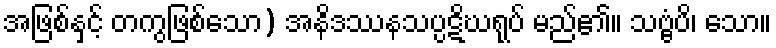
အဖြစ်နှင့် တကွဖြစ်သော) အနိဒဿနသပ္ပဋိဃရုပ် မည်၏။ သဗ္ဗံပိ၊ သော။